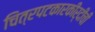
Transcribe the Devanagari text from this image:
चित्रपटकारकीर्दीची